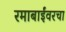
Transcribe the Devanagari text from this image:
रमाबाईंवरचा